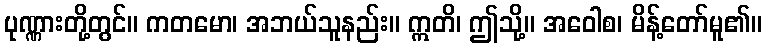
ပုဏ္ဏားတို့တွင်။ ကတမော၊ အဘယ်သူနည်း။ ဣတိ၊ ဤသို့။ အဝေါစ၊ မိန့်တော်မူ၏။